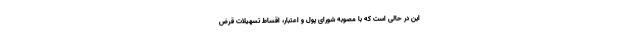
این در حالی است که با مصوبه شورای پول و اعتبار، اقساط تسهیلات قرض